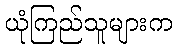
ယုံကြည်သူများက